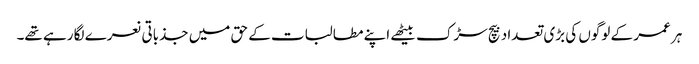
ہر عمر کے لوگوں کی بڑی تعداد بیچ سڑک بیٹھے اپنے مطالبات کے حق میں جذباتی نعرے لگا رہے تھے۔